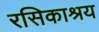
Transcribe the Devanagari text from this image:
रसिकाश्रय